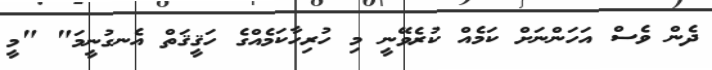
ދެން ވެސް އަހަންނަށް ކަމެއް ކުރެވޭނީ މި ހުރިހާކަމެއްގެ ހަޤީޤަތް އެނގުނީމަ" "މީ